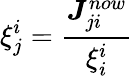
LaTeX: \xi_{j}^{i}=\frac{\boldsymbol{J}_{ji}^{now}}{\xi_{i}^{i}}